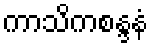
ကာသိကစန္ဒနံ